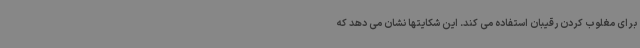
برای مغلوب کردن رقیبان استفاده می کند. این شکایتها نشان می دهد که